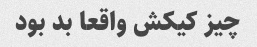
چیز کیکش واقعا بد بود